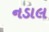
નડાલ